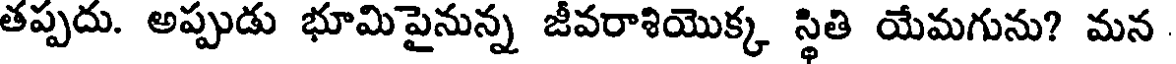
తప్పదు. అప్పుడు భూమిపైనున్న జీవరాశియొక్క స్థితి యేమగును? మన